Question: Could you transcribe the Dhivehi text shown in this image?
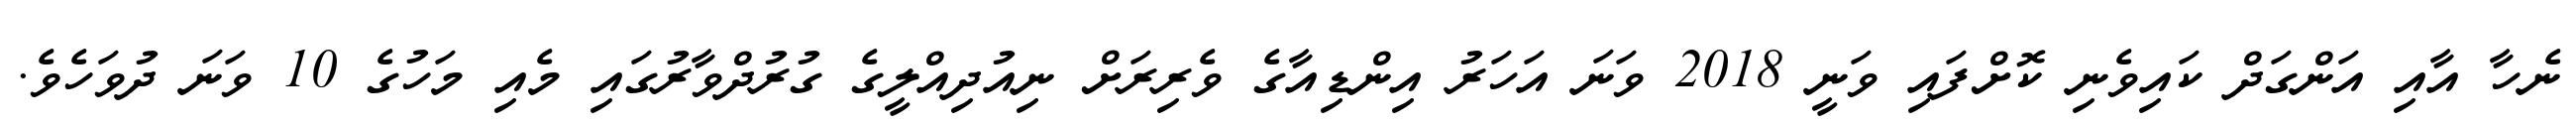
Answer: ނެހާ އާއި އަންގަދް ކައިވެނި ކޮށްފައި ވަނީ 2018 ވަނަ އަހަރު އިންޑިއާގެ ވެރިރަށް ނިއުދިއްލީގެ ގުރުދްވާރުގައި މެއި މަހުގެ 10 ވަނަ ދުވަހެވެ.